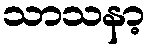
သာသနာ့